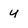
Character: y